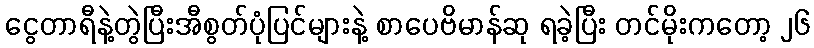
ငွေတာရီနဲ့တွဲပြီးအီစွတ်ပုံပြင်များနဲ့ စာပေဗိမာန်ဆု ရခဲ့ပြီး တင်မိုးကတော့ ၂၆